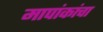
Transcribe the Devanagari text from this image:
मापांकांचा